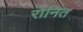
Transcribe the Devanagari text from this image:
रोनित